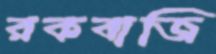
রকবাজি